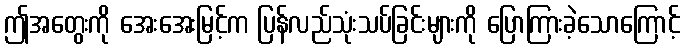
ဤအတွေးကို အေးအေးမြင့်က ပြန်လည်သုံးသပ်ခြင်းများကို ပြောကြားခဲ့သောကြောင့်